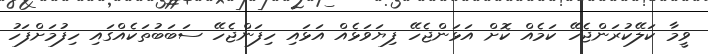
ވީމާ ކަލޭކުރަންޖެހޭ ކަމެއް ކޮށް އަޅަންޖެހޭ ފިޔަވަޅެއް އަޅައި ހިފަންޖެހޭ ސަބަބުތަކެއްގައި ހިފުމަށްފަހު